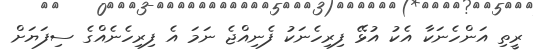
ރީތި އަންހެނަކާ އެކު އުޅޭ ފިރިހެނަކު ފެނިއްޖެ ނަމަ އެ ފިރިހެނެއްގެ ސިފަޔަށް